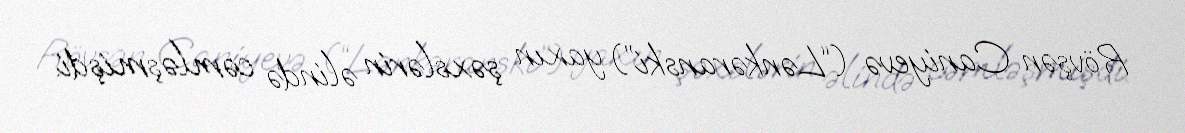
Rövşən Caniyevə (“Lənkəranski”) yaxın şəxslərin əlində cəmləşmişdi.